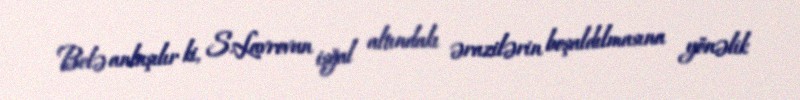
Belə anlaşılır ki, S.Lavrovun işğal altındakı ərazilərin boşaldılmasına yönəlik